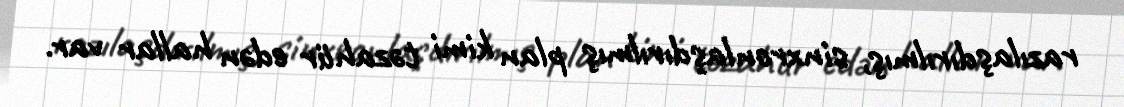
razılaşdırılmış, sinxronlaşdırılmış plan kimi təzahür edən hallar var.